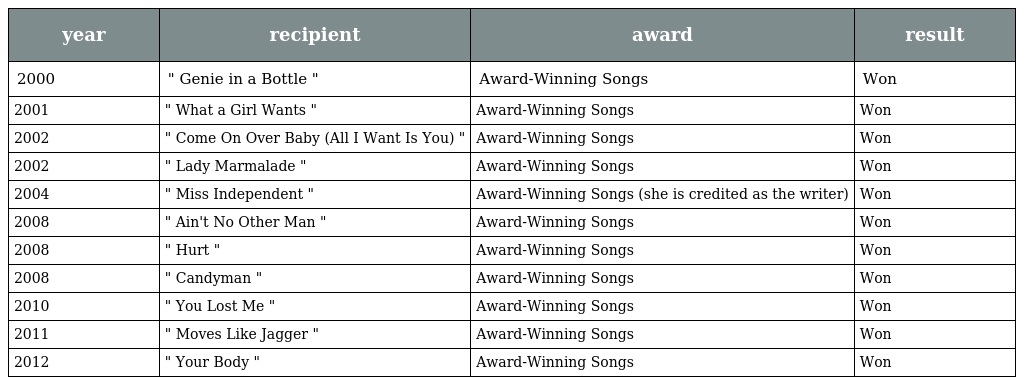
| year | recipient | award | result |
 | --- | --- | --- | --- |
 | 2000 | " Genie in a Bottle " | Award-Winning Songs | Won |
 | 2001 | " What a Girl Wants " | Award-Winning Songs | Won |
 | 2002 | " Come On Over Baby (All I Want Is You) " | Award-Winning Songs | Won |
 | 2002 | " Lady Marmalade " | Award-Winning Songs | Won |
 | 2004 | " Miss Independent " | Award-Winning Songs (she is credited as the writer) | Won |
 | 2008 | " Ain't No Other Man " | Award-Winning Songs | Won |
 | 2008 | " Hurt " | Award-Winning Songs | Won |
 | 2008 | " Candyman " | Award-Winning Songs | Won |
 | 2010 | " You Lost Me " | Award-Winning Songs | Won |
 | 2011 | " Moves Like Jagger " | Award-Winning Songs | Won |
 | 2012 | " Your Body " | Award-Winning Songs | Won |